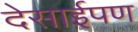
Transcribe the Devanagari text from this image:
देसाईपण